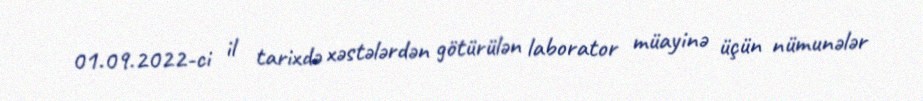
01.09.2022-ci il tarixdə xəstələrdən götürülən laborator müayinə üçün nümunələr